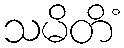
သမိတိံ